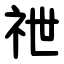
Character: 䄁